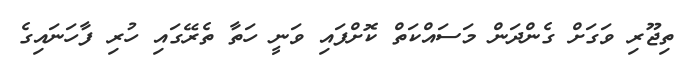
ތިޖޫރި ވަގަށް ގެންދަން މަސައްކަތް ކޮށްފައި ވަނީ ހަތާ ތެރޭގައި ހުރި ފާހަނައިގެ